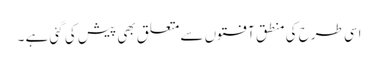
اسی طرح کی منطق آفتوں سے متعلق بھی پیش کی گئی ہے ۔